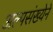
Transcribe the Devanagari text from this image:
अल्पसंख्येने